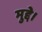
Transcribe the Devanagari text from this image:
मुद्दे।